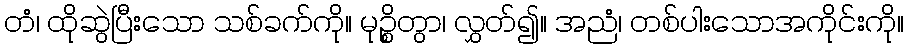
တံ၊ ထိုဆွဲပြီးသော သစ်ခက်ကို။ မုဉ္စိတွာ၊ လွှတ်၍။ အညံ၊ တစ်ပါးသောအကိုင်းကို။